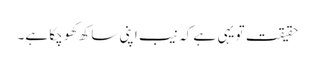
حقیقت تو یہی ہے کہ نیب اپنی ساکھ کھو چکا ہے۔